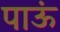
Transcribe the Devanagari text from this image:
पाऊं